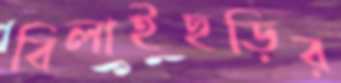
বিলাইছড়ির